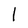
Character: l